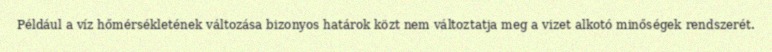
Például a víz hőmérsékletének változása bizonyos határok közt nem változtatja meg a vizet alkotó minőségek rendszerét.